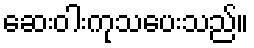
ဆေးဝါးကုသပေးသည်။